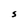
Character: S